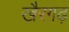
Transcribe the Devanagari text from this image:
खैरगढ़